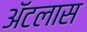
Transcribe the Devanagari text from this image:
अॅटलास